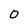
Character: O